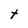
Character: t